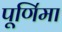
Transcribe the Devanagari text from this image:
पूणि॔मा